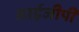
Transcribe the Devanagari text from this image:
आईजीपी